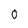
Character: 0